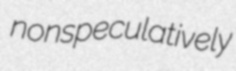
nonspeculatively